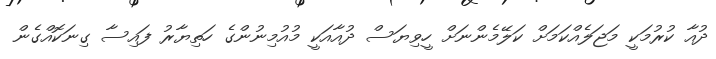
ދުއާ ކުރުމަކީ މަޖަލެއްކަމަށް ކަލޭމެންނަށް ހީވިޔަސް ދުއާއަކީ މުއުމިނުންގެ ހަތިޔާރު ފައިސާ ގިނަކޮއްގެން